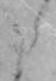
た